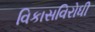
વિકાસવિરોધી